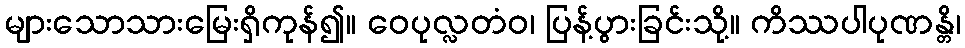
များသောသားမြေးရှိကုန်၍။ ဝေပုလ္လတံဝ၊ ပြန့်ပွားခြင်းသို့။ ကိဿပါပုဏန္တိ၊